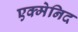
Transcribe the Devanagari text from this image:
एक्मेनिद